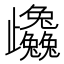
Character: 𭭼